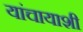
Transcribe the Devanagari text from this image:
यांचायाशी